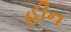
હીન